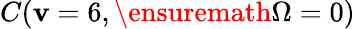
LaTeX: C(\mathbf{v}=6,\ensuremath{{\Omega}}=0)